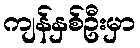
ကျန်နှစ်ဦးမှာ